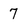
Character: 7